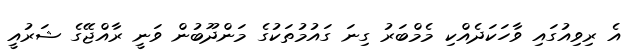
އެ ރިވިއުގައި ވާހަކަދެއްކި މެމްބަރު ގިނަ ގައުމުތަކުގެ މަންދޫބުން ވަނީ ރާއްޖޭގެ ޝަރުއީ